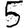
Digit: 5